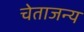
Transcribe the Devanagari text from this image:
चेताजन्य